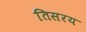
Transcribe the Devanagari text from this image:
तिसरय